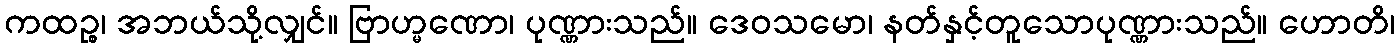
ကထဉ္စ၊ အဘယ်သို့လျှင်။ ဗြာဟ္မဏော၊ ပုဏ္ဏားသည်။ ဒေဝသမော၊ နတ်နှင့်တူသောပုဏ္ဏားသည်။ ဟောတိ၊